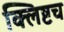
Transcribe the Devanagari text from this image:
क्लिष्टच